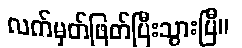
လက်မှတ်ဖြတ်ပြီးသွားပြီ။